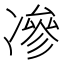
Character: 𠗿